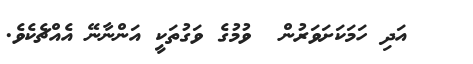
އަދި ހަމަކަށަވަރުން  ވުމުގެ ވަގުތަކީ އަންނާނޭ އެއްޗެކެވެ.